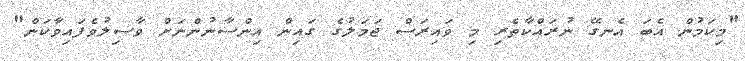
"މިކަމުން އެބަ އެނގޭ ނުރައްކާތެރި މި ވައިރަސް ޖަމަލުގެ ގައިން އިންސާނުންނަށް ވާސިލުވެފައިވާކަން"